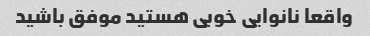
واقعا نانوایی خوبی هستید موفق باشید